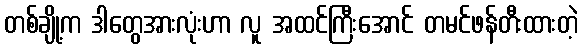
တစ်ချို့က ဒါတွေအားလုံးဟာ လူ အထင်ကြီးအောင် တမင်ဖန်တီးထားတဲ့